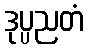
ဒုပ္ပညတံ